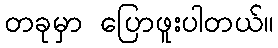
တခုမှာ ပြောဖူးပါတယ်။